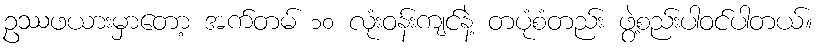
ဥဿဖယားမှာတော့ အက်တမ် ၁၀ လုံးဝန်းကျင်နဲ့ တပုံစံတည်း ဖွဲ့စည်းပါဝင်ပါတယ်။